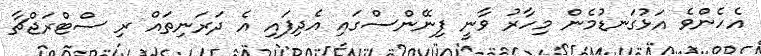
އެހެންވެ އަޅުގަނޑުމެން މިހާރު ވާނީ ފިނޭންސްގައި އެދިފައި އެ ދަރަނިތައް ރި ސްޓްރަޖްޗާ